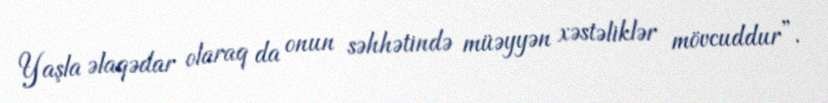
Yaşla əlaqədar olaraq da onun səhhətində müəyyən xəstəliklər mövcuddur”.